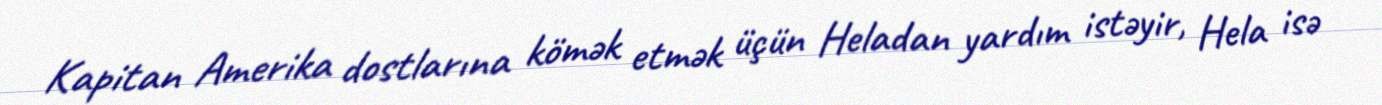
Kapitan Amerika dostlarına kömək etmək üçün Heladan yardım istəyir, Hela isə